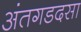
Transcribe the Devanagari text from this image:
अंतगडदसा